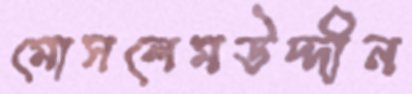
মোসলেমউদ্দীন